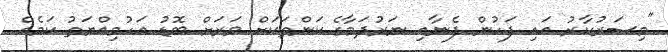
"މިސަރުކާރު އައި ފަހުން ފެނާއި ނަރުދަމާގެ ކަންތަކަށް ވަރަށް ބޮޑު އަހުމިއްޔަތު ކަމެއް